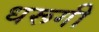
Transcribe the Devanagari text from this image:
धरूगी